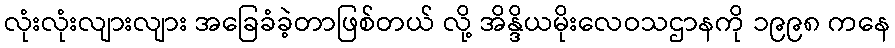
လုံးလုံးလျားလျား အခြေခံခဲ့တာဖြစ်တယ် လို့ အိန္ဒိယမိုးလေဝသဌာနကို ၁၉၉၈ ကနေ